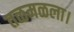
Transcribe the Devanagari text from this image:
तळमळला।